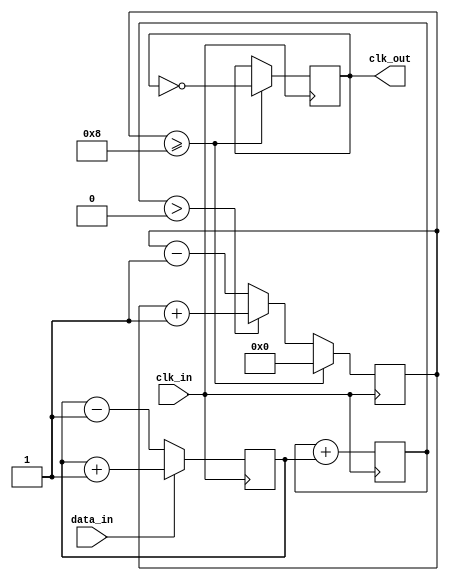
module ClockRecoveryPLL (
    input wire clk_in,          // Incoming data clock
    input wire data_in,         // Incoming data signal
    output reg clk_out          // Output clock signal
);

// Parameters
parameter PHASE_ERROR_WIDTH = 4; // Width of phase error signal
parameter MEMORY_DEPTH = 8;       // Depth of memory blocks

// Internal signals
reg [PHASE_ERROR_WIDTH-1:0] phase_error; // Phase error signal
reg [PHASE_ERROR_WIDTH-1:0] control_voltage; // Control voltage for VCO
reg [MEMORY_DEPTH-1:0] memory_block; // Memory block for phase information
reg [3:0] vco_counter; // VCO counter for generating output clock
reg vco_clk; // VCO clock signal

// Phase Detector
always @(posedge clk_in) begin
    if (data_in) begin
        // Increment phase error if data edge occurs before clock edge
        phase_error <= phase_error + 1;
    end else begin
        // Decrement phase error if clock edge occurs before data edge
        phase_error <= phase_error - 1;
    end
end

// Loop Filter (Simple Integrator)
always @(posedge clk_in) begin
    // Simple low-pass filter to smooth phase error
    control_voltage <= control_voltage + phase_error;
end

// Voltage-Controlled Oscillator (VCO)
always @(posedge clk_in) begin
    // Adjust VCO frequency based on control voltage
    if (control_voltage > 0) begin
        vco_counter <= vco_counter + 1;
    end else begin
        vco_counter <= vco_counter - 1;
    end

    // Generate output clock signal
    if (vco_counter >= 8) begin
        clk_out <= ~clk_out; // Toggle output clock
        vco_counter <= 0; // Reset counter
    end
end

// Memory Block for Phase Information
always @(posedge clk_in) begin
    // Store phase information in memory block
    memory_block <= {memory_block[MEMORY_DEPTH-2:0], phase_error};
end

endmodule